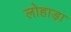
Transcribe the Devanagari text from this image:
लोहाड़ा